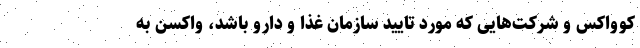
کوواکس و شرکت‌هایی که مورد تایید سازمان غذا و دارو باشد، واکسن به